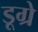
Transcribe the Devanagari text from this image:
डूग्रे